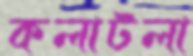
কলাটলা